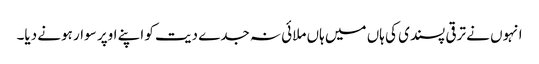
انہوں نے ترقی پسندی کی ہاں میں ہاں ملائی نہ جدے دیت کو اپنے اوپر سوار ہونے دیا۔